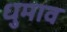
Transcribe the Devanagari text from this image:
धुमाव